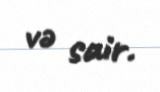
və sair.